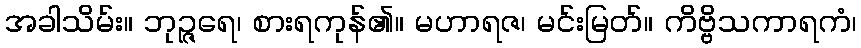
အခါသိမ်း။ ဘုဉ္ဇရေ၊ စားရကုန်၏။ မဟာရဇ၊ မင်းမြတ်။ ကိဗ္ဗိသကာရကံ၊